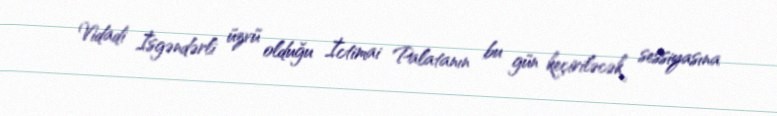
Vidadi İsgəndərli üzvü olduğu İctimai Palatanın bu gün keçiriləcək sessiyasına